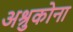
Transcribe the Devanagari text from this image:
अश्रुकोना